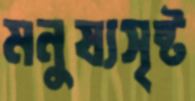
মনুষ্যসৃষ্ট